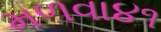
મળવા૪૧